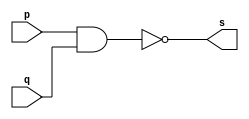
// --------------------- 
// Exemplo0006 - NAND 
// Nome: Rafael Tadeu Cmapos de Medeiros 
// --------------------- 
// --------------------- 
// -- nand gate 
// --------------------- 
module nandgate (output s, 
input  p, 
input  q); 
assign s = ~(p&q) ; 
endmodule // nandgate
// --------------------- 
// -- test nand gate 
// --------------------- 
module testnandgate; 
// ------------------------- dados locais 
reg  a,b; // definir registrador 
wire s; // definir conexao (fio) 
// ------------------------- instancia 
nandgate NAND1 (s, a, b); 
// ------------------------- preparacao 
initial begin:start 
a=0; b=0;

end 
// ------------------------- parte principal 
initial begin:main 
$display("Exemplo0006 - Rafael Tadeu - 451609"); 
$display("Test NAND gate"); 
$display("\n a ~& b = s\n"); 

a=0; b=0; 
#1 $display("%b ~& %b = %b", a, b, s); 
a=0; b=1; 
#1 $display("%b ~& %b = %b", a, b, s); 
a=1; b=0; 
#1 $display("%b ~& %b = %b", a, b, s); 
a=1; b=1; 
#1 $display("%b ~& %b = %b", a, b, s); end 
endmodule // testnandgate 

//Exemplo0006 - Rafael Tadeu - 451609
    //Test NAND gate
    //
     //a ~& b = s
    //
    //0 ~& 0 = 1
    //0 ~& 1 = 1
    //1 ~& 0 = 1
    //1 ~& 1 = 0